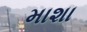
માશા